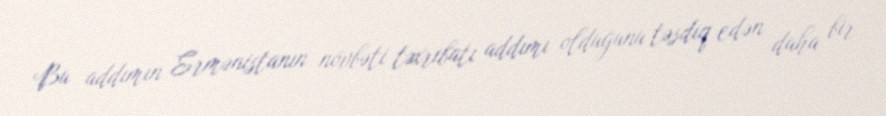
Bu addımın Ermənistanın növbəti təxribatı addımı olduğunu təsdiq edən daha bir